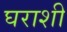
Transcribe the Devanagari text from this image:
घराशी